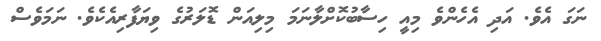
ނަގަ އެވެ. އަދި އެހެންވެ މިއީ ހިސާބުކޮށްލާނަމަ މިލިއަން ޑޮލަރުގެ ވިޔަފާރިއެކެވެ. ނަމަވެސް